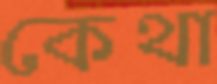
কেথা